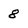
Character: 8